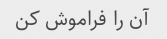
آن را فراموش کن